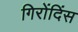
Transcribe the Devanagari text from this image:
गिरोंदिंस